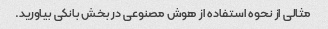
مثالی از نحوه استفاده از هوش مصنوعی در بخش بانکی بیاورید.